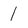
Character: 1